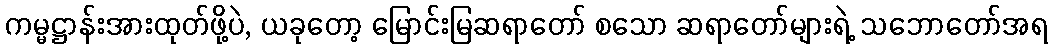
ကမ္မဋ္ဌာန်းအားထုတ်ဖို့ပဲ, ယခုတော့ မြောင်းမြဆရာတော် စသော ဆရာတော်များရဲ့ သဘောတော်အရ